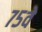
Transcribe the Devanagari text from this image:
७५वे